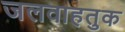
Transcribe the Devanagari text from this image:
जलवाहतुक